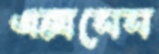
এক্সসেস